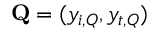
\mathbf { Q } = ( y _ { i , Q } , y _ { t , Q } )